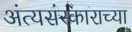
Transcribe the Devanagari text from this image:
अंत्यसंस्काराच्या